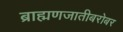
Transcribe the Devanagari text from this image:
ब्राह्मणजातीबरोबर